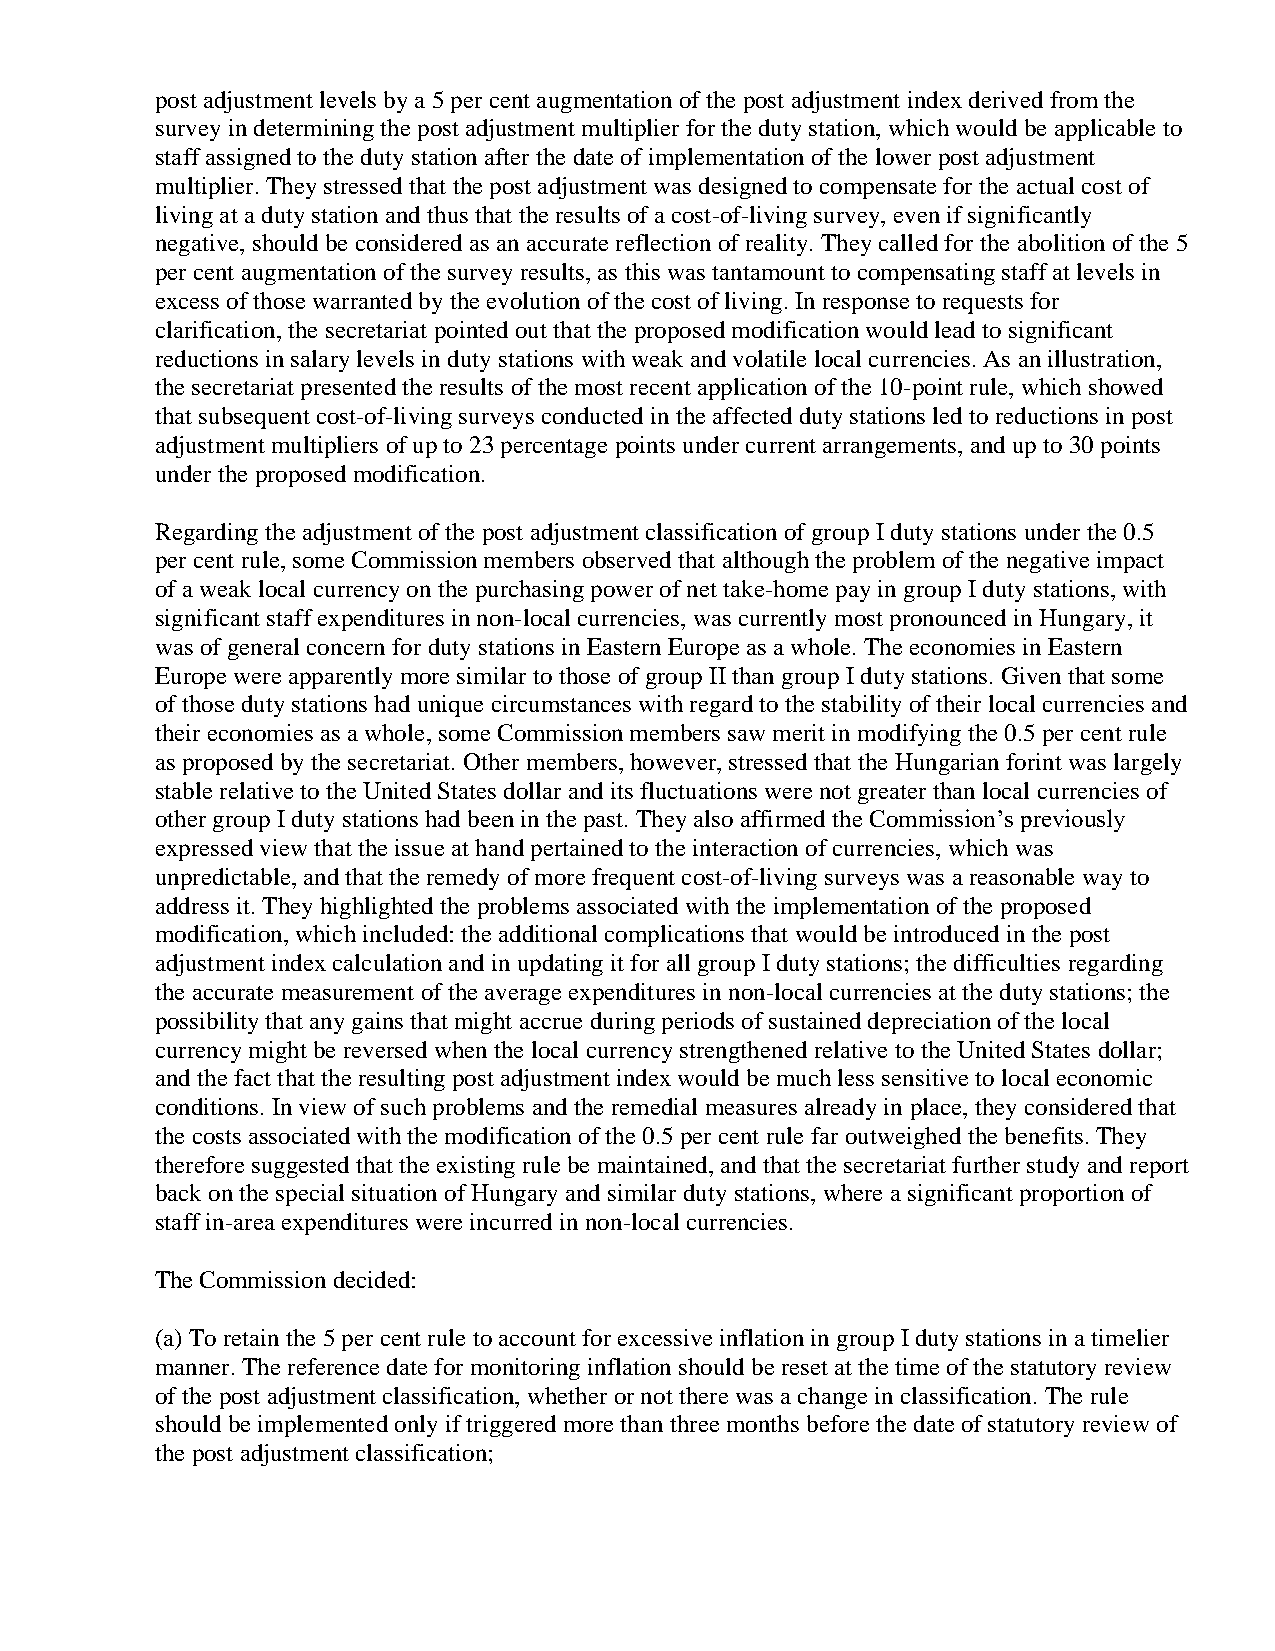
post adjustment levels by a 5 per cent augmentation of the post adjustment index derived from the
 survey in determining the post adjustment multiplier for the duty station, which would be applicable to
 staff assigned to the duty station after the date of implementation of the lower post adjustment
 multiplier. They stressed that the post adjustment was designed to compensate for the actual cost of
 living at a duty station and thus that the results of a cost-of-living survey, even if significantly
 negative, should be considered as an accurate reflection of reality. They called for the abolition of the 5
 per cent augmentation of the survey results, as this was tantamount to compensating staff at levels in
 excess of those warranted by the evolution of the cost of living. In response to requests for
 clarification, the secretariat pointed out that the proposed modification would lead to significant
 reductions in salary levels in duty stations with weak and volatile local currencies. As an illustration,
 the secretariat presented the results of the most recent application of the 10-point rule, which showed
 that subsequent cost-of-living surveys conducted in the affected duty stations led to reductions in post
 adjustment multipliers of up to 23 percentage points under current arrangements, and up to 30 points
 under the proposed modification.
 Regarding the adjustment of the post adjustment classification of group I duty stations under the 0.5
 per cent rule, some Commission members observed that although the problem of the negative impact
 of a weak local currency on the purchasing power of net take-home pay in group I duty stations, with
 significant staff expenditures in non-local currencies, was currently most pronounced in Hungary, it
 was of general concern for duty stations in Eastern Europe as a whole. The economies in Eastern
 Europe were apparently more similar to those of group II than group I duty stations. Given that some
 of those duty stations had unique circumstances with regard to the stability of their local currencies and
 their economies as a whole, some Commission members saw merit in modifying the 0.5 per cent rule
 as proposed by the secretariat. Other members, however, stressed that the Hungarian forint was largely
 stable relative to the United States dollar and its fluctuations were not greater than local currencies of
 other group I duty stations had been in the past. They also affirmed the Commission’s previously
 expressed view that the issue at hand pertained to the interaction of currencies, which was
 unpredictable, and that the remedy of more frequent cost-of-living surveys was a reasonable way to
 address it. They highlighted the problems associated with the implementation of the proposed
 modification, which included: the additional complications that would be introduced in the post
 adjustment index calculation and in updating it for all group I duty stations; the difficulties regarding
 the accurate measurement of the average expenditures in non-local currencies at the duty stations; the
 possibility that any gains that might accrue during periods of sustained depreciation of the local
 currency might be reversed when the local currency strengthened relative to the United States dollar;
 and the fact that the resulting post adjustment index would be much less sensitive to local economic
 conditions. In view of such problems and the remedial measures already in place, they considered that
 the costs associated with the modification of the 0.5 per cent rule far outweighed the benefits. They
 therefore suggested that the existing rule be maintained, and that the secretariat further study and report
 back on the special situation of Hungary and similar duty stations, where a significant proportion of
 staff in-area expenditures were incurred in non-local currencies.
 The Commission decided:
 (a) To retain the 5 per cent rule to account for excessive inflation in group I duty stations in a timelier
 manner. The reference date for monitoring inflation should be reset at the time of the statutory review
 of the post adjustment classification, whether or not there was a change in classification. The rule
 should be implemented only if triggered more than three months before the date of statutory review of
 the post adjustment classification;